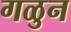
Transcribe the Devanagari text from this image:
गळुन